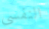
النفسى